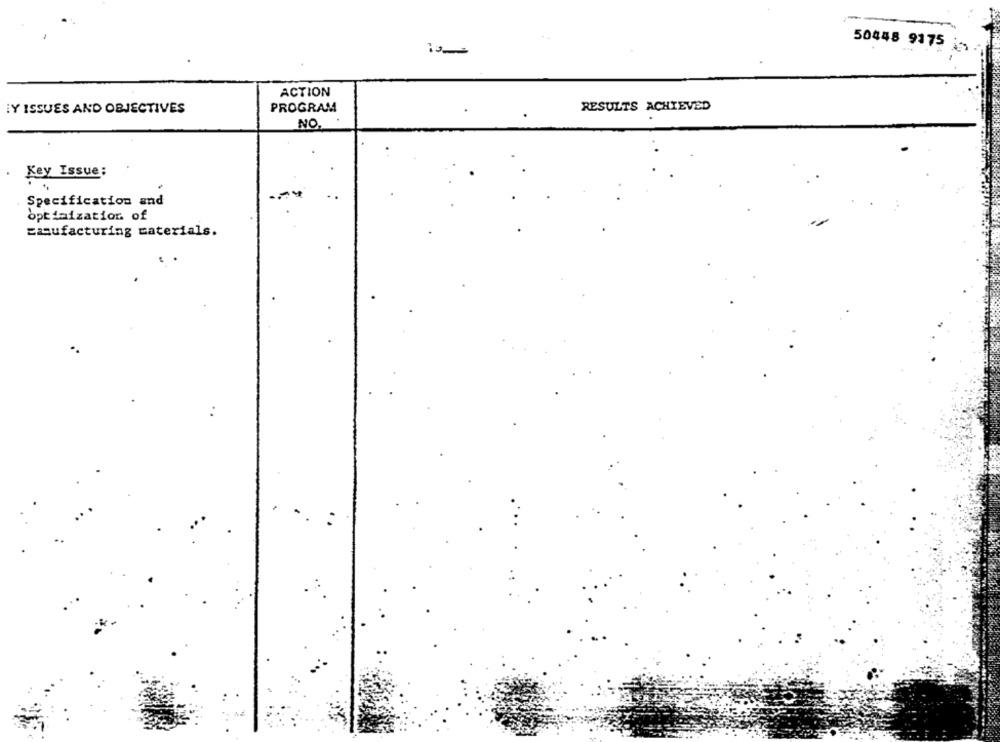
50448 9175
ACTION
¡Y ISSUES AND OBJECTIVES
PROGRAM
RESULTS ACHIEVED
NO.
Key Issue:
Specification and
optimization of
zagufacturing materials.